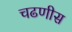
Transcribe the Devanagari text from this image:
चढणीस